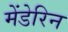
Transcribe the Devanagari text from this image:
मेंडेरिन